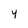
Character: 4